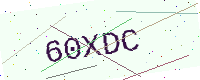
Text: 60XDC